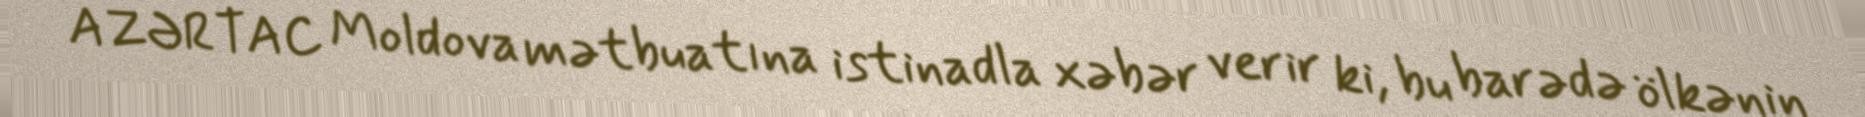
AZƏRTAC Moldova mətbuatına istinadla xəbər verir ki, bu barədə ölkənin